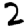
Digit: 2